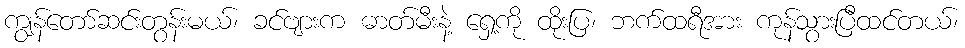
ကျွန်တော်ဆင်းတွန်းမယ်၊ ခင်ဗျားက ဓာတ်မီးနဲ့ ရှေ့ကို ထိုးပြ၊ ဘက်ထရီအား ကုန်သွားပြီထင်တယ်၊